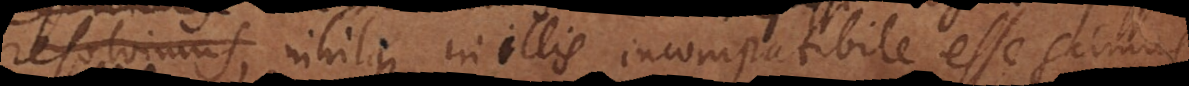
possibilitatis, nihilque in illis incompatibile esse scimus